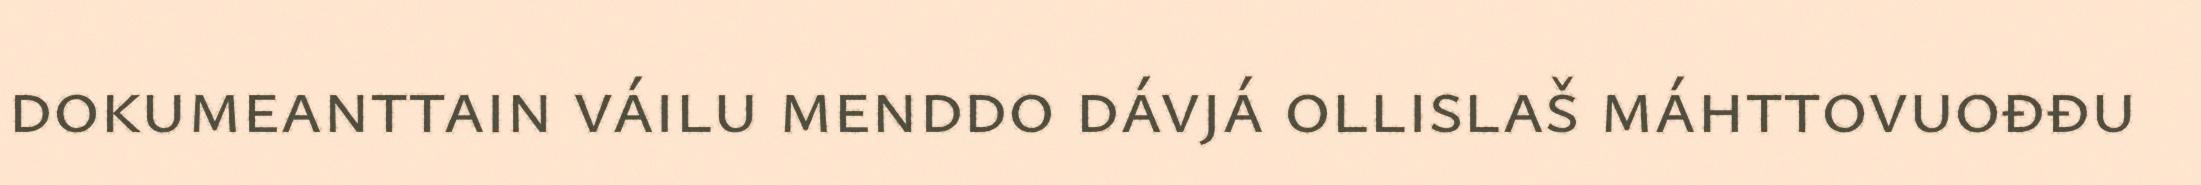
dokumeanttain váilu menddo dávjá ollislaš máhttovuođđu